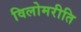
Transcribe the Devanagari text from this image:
विलोमरीति